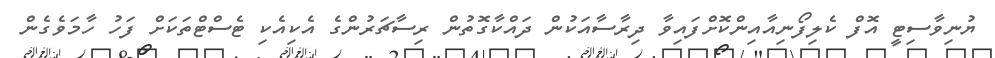
ޔުނިވާސިޓީ އޮފް ކެލިފޯނިއާއިންކޮށްފައިވާ ދިރާސާއަކުން ދައްކާގޮތުން ރިސާޗަރުންގެ އެކިއެކި ޓެސްޓްތަކަށް ފަހު ހާމަވެގެން